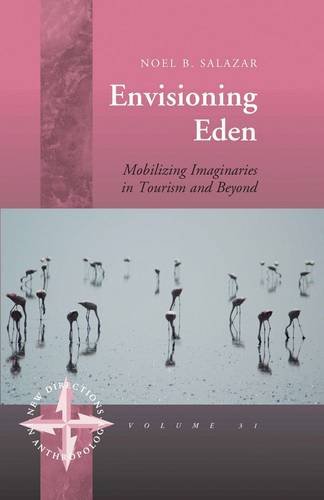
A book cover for Envisioning Eden: Mobilizing Imaginaries in Tourism and Beyond (New Directions in Anthropology); Noel B. Salazar; Travel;